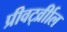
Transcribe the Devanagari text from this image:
प्रीवर्ट्व्रीाल